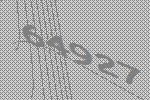
64927